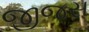
જીજસ